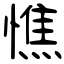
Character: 憔